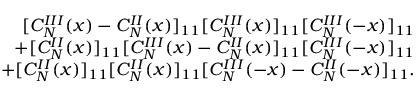
\begin{array} { r l r } & { } & { [ C _ { N } ^ { I I I } ( x ) - C _ { N } ^ { I I } ( x ) ] _ { 1 1 } [ C _ { N } ^ { I I I } ( x ) ] _ { 1 1 } [ C _ { N } ^ { I I I } ( - x ) ] _ { 1 1 } } \\ & { } & { + [ C _ { N } ^ { I I } ( x ) ] _ { 1 1 } [ C _ { N } ^ { I I I } ( x ) - C _ { N } ^ { I I } ( x ) ] _ { 1 1 } [ C _ { N } ^ { I I I } ( - x ) ] _ { 1 1 } } \\ & { } & { \quad + [ C _ { N } ^ { I I } ( x ) ] _ { 1 1 } [ C _ { N } ^ { I I } ( x ) ] _ { 1 1 } [ C _ { N } ^ { I I I } ( - x ) - C _ { N } ^ { I I } ( - x ) ] _ { 1 1 } . } \end{array}